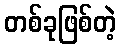
တစ်ခုဖြစ်တဲ့